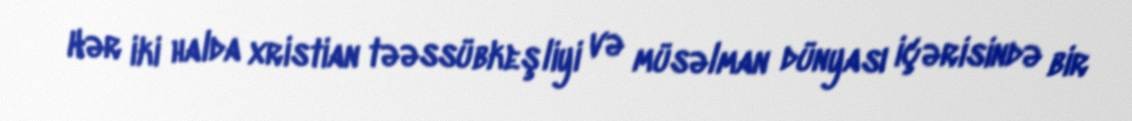
Hər iki halda xristian təəssübkeşliyi və müsəlman dünyası içərisində bir